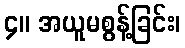
၄။ အယူမစွန့်ခြင်း၊